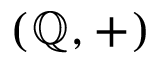
( \mathbb { Q } , + )